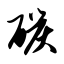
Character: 碳